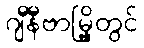
ဂျီနီဗာမြို့တွင်